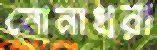
নোনাধরা